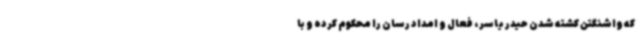
که واشنگتن کشته شدن حیدر یاسر، فعال و امداد رسان را محکوم کرده و با